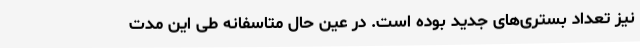
نیز تعداد بستری‌های جدید بوده است. در عین حال متاسفانه طی این مدت